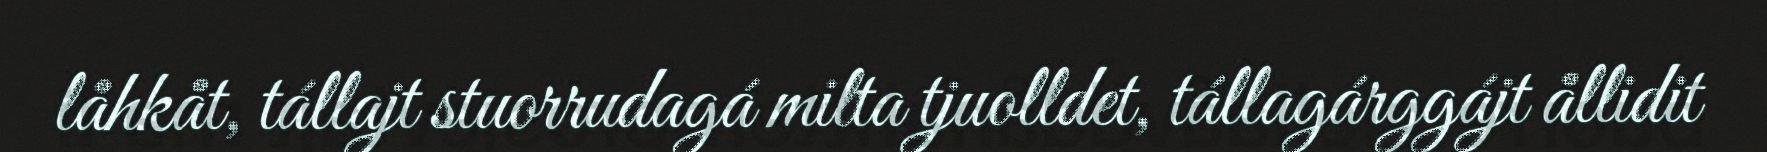
låhkåt, tállajt stuorrudagá milta tjuolldet, tállagárggájt ållidit